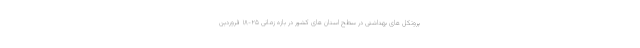
پروتکل های بهداشتی در سطح استان های کشور در بازه زمانی ۲۵-۱۸ فروردین